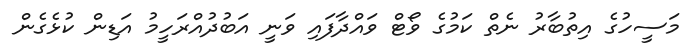
މަސީހުގެ އިތުބާރު ނެތް ކަމުގެ ވޯޓް ވައްދާފައި ވަނީ އަބުދުއްރަހީމު އަޑިން ކުޅެގެން